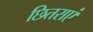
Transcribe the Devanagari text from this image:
छितराएं